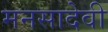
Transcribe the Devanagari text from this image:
मनसादेवी